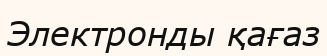
Электронды қағаз